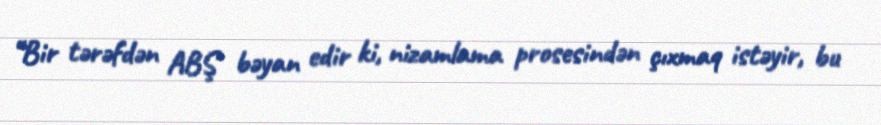
“Bir tərəfdən ABŞ bəyan edir ki, nizamlama prosesindən çıxmaq istəyir, bu